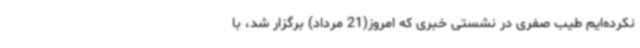
نکرده‌ایم طیب صفری در نشستی خبری که امروز(21 مرداد) برگزار شد، با